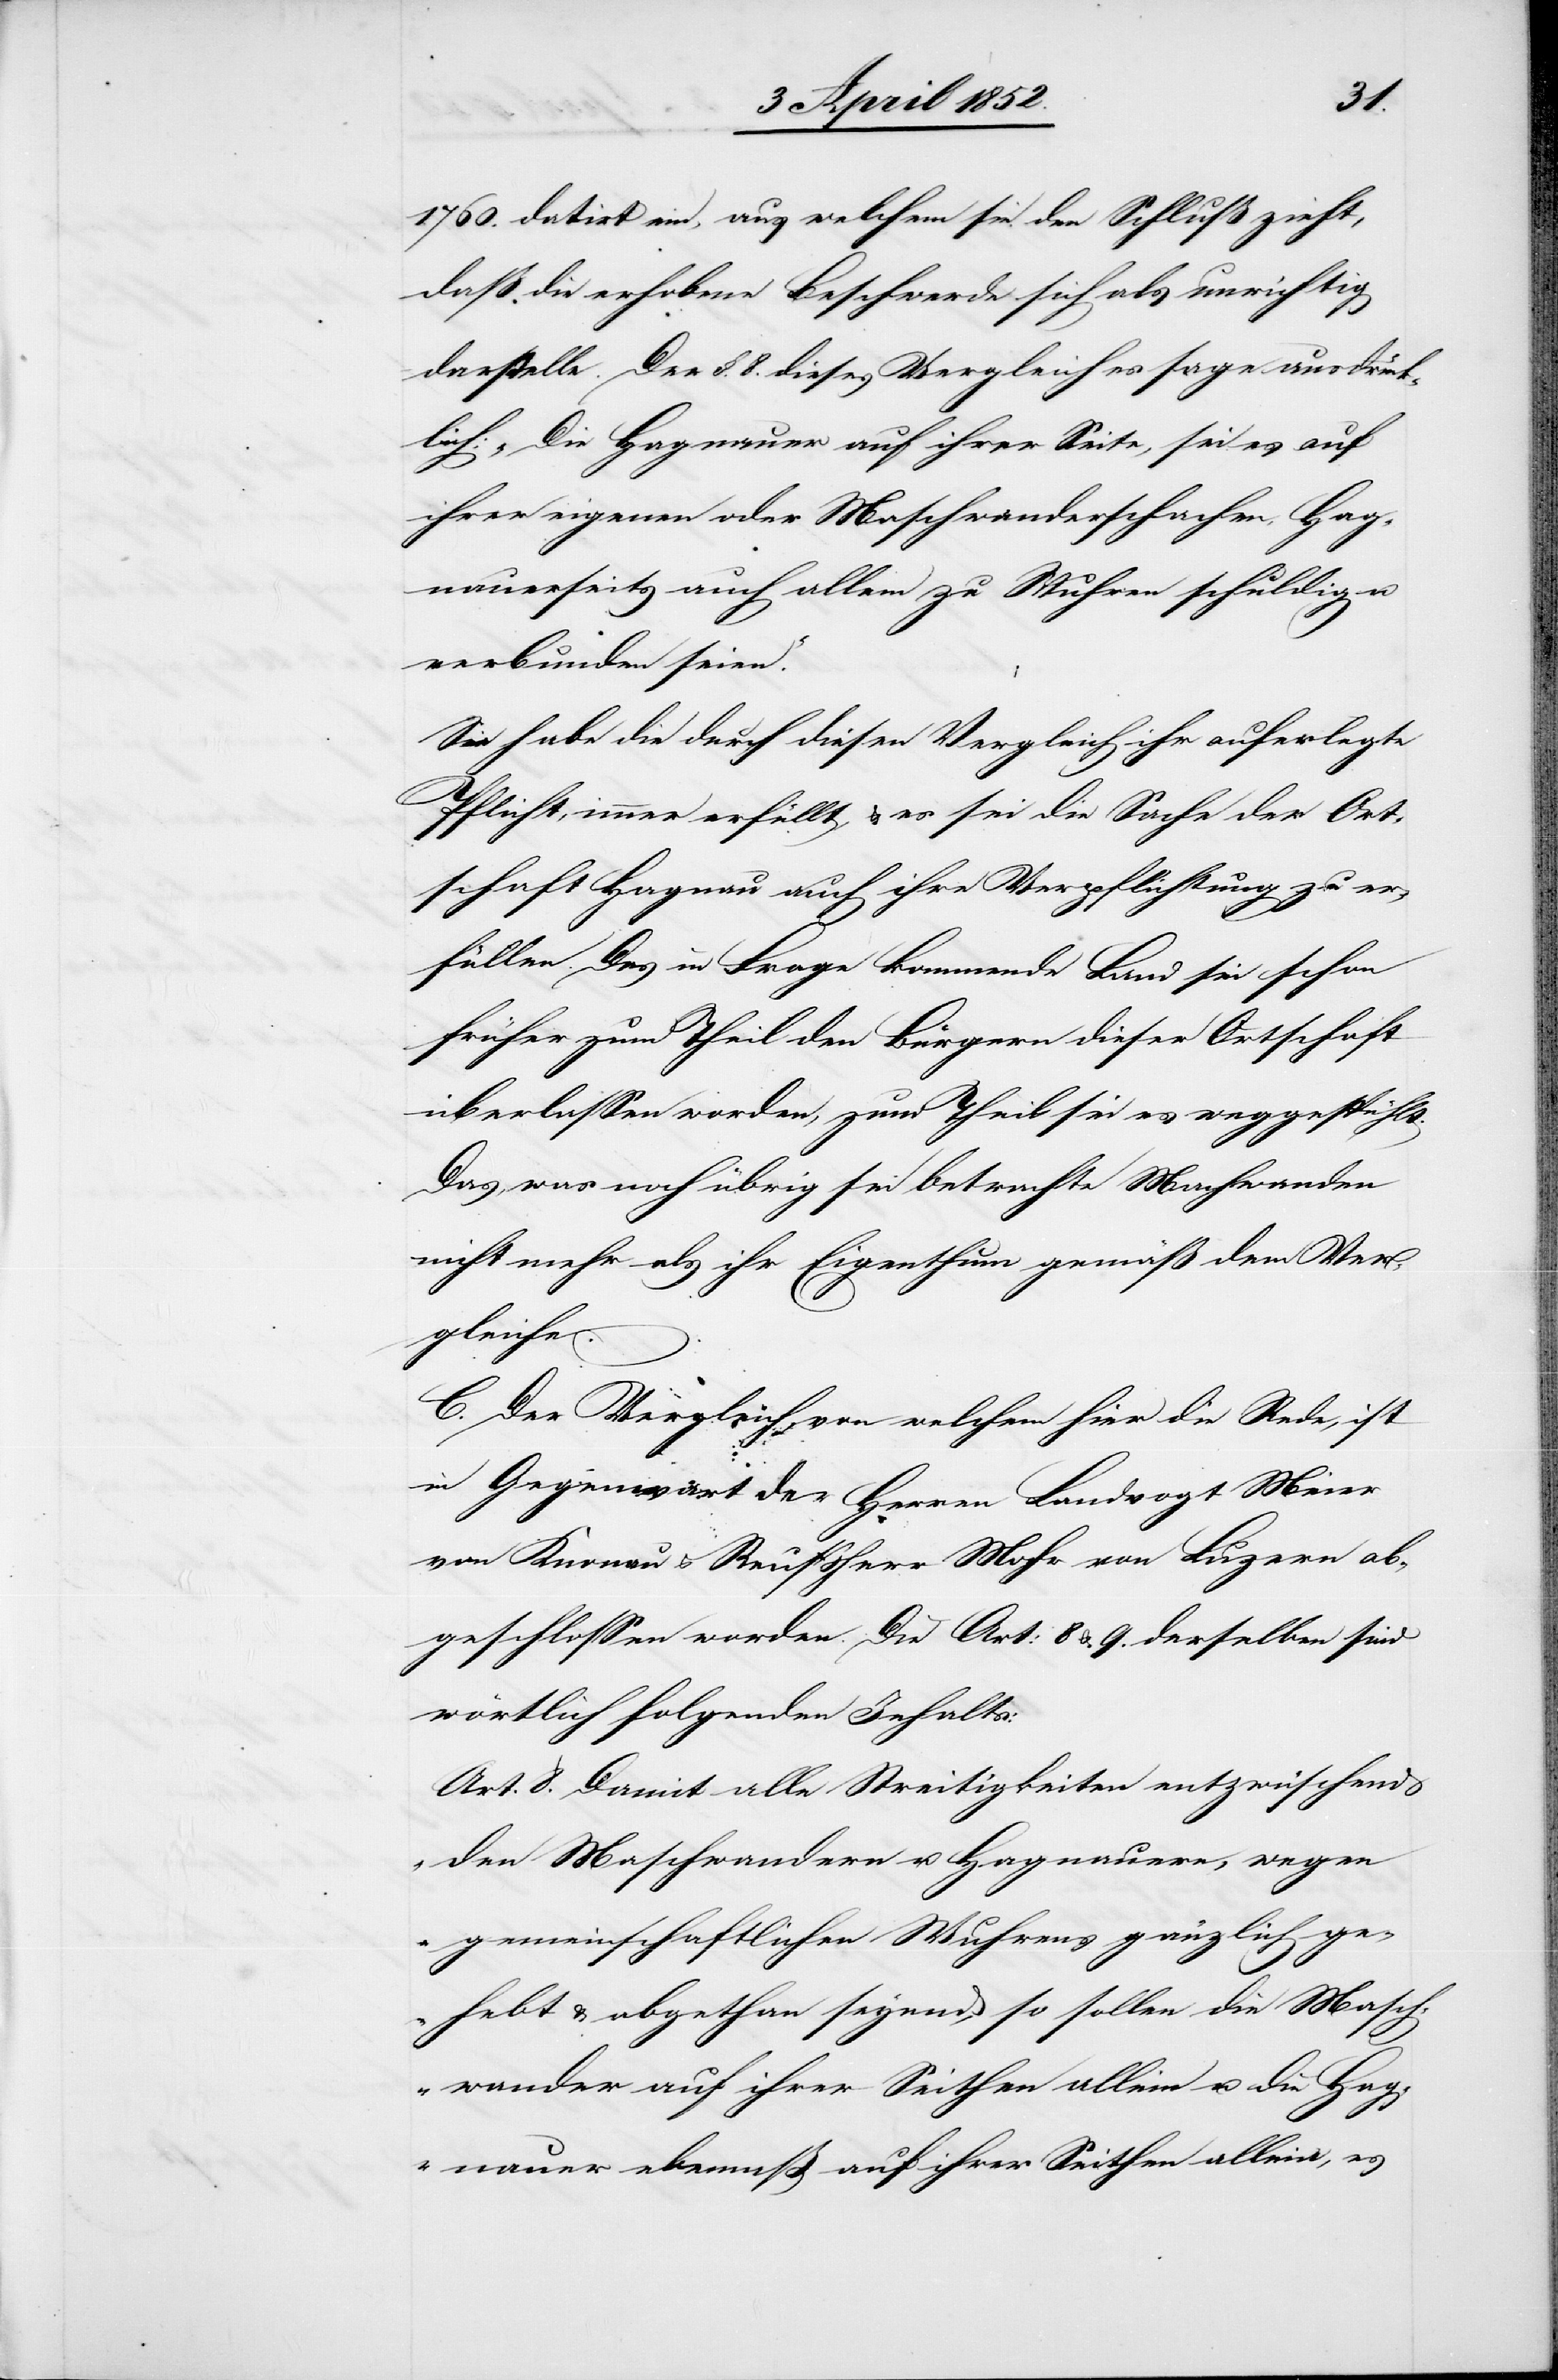
1760. datirt ein, aus welchem sie den Schluß zieht,
daß die erhobene Beschwerde sich als unrichtig
darstelle. Der §. 8. dieses Vergleiches sage ausdrück¬
lich: „Die Hagnauer auf ihrer Seite, sei es auf
ihrer eigenen oder Maschwanderschachen, Hag¬
nauerseits auch allem zu Wuhren schuldig u.
verbunden seien.“
Sie habe die durch diesen Vergleich ihr auferlegte
Pflicht, immer erfüllt, & es sei die Sache der Ort¬
schaft Hagnau auch ihre Verpflichtung zu er¬
füllen. Das in Frage kommende Land sei schon
früher zum Theil den Bürgern dieser Ortschaft
überlassen worden, zum Theil sei es weggespühlt.
Das, was noch übrig sei betrachte Ma[s]chwanden
nicht mehr als ihr Eigenthum gemäß dem Ver¬
gleiche.
C. Der Vergleich, von welchem hier die Rede, ist
in Gegenwart der Herren Landvogt Meier
von Knonau & Reußherr Mohr von Luzern ab¬
geschlossen worden. Die Art: 8 & 9. desselben sind
wörtlich folgenden Inhalts:
Art. 8. [„]Damit alle Streitigkeiten entzwüschend
den Maschwandern u. Hagnauern, wegen
gemeinschaftlichen Wuhrens gänzlich ge¬
hebt & abgethan seyend, so sollen die Masch¬
wander auf ihrer Seithen allein u. die Hag¬
nauer ebe[?maß] auf ihrer Seithen allein, es